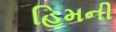
હિમની